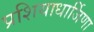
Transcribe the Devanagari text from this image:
प्रशियाधार्जिणा